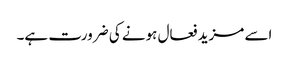
اسے مزید فعال ہونے کی ضرورت ہے۔